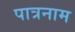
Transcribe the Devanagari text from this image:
पात्रनाम